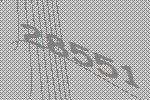
28551